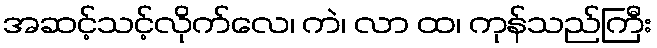
အဆင့်သင့်လိုက်လေ၊ ကဲ၊ လာ ထ၊ ကုန်သည်ကြီး